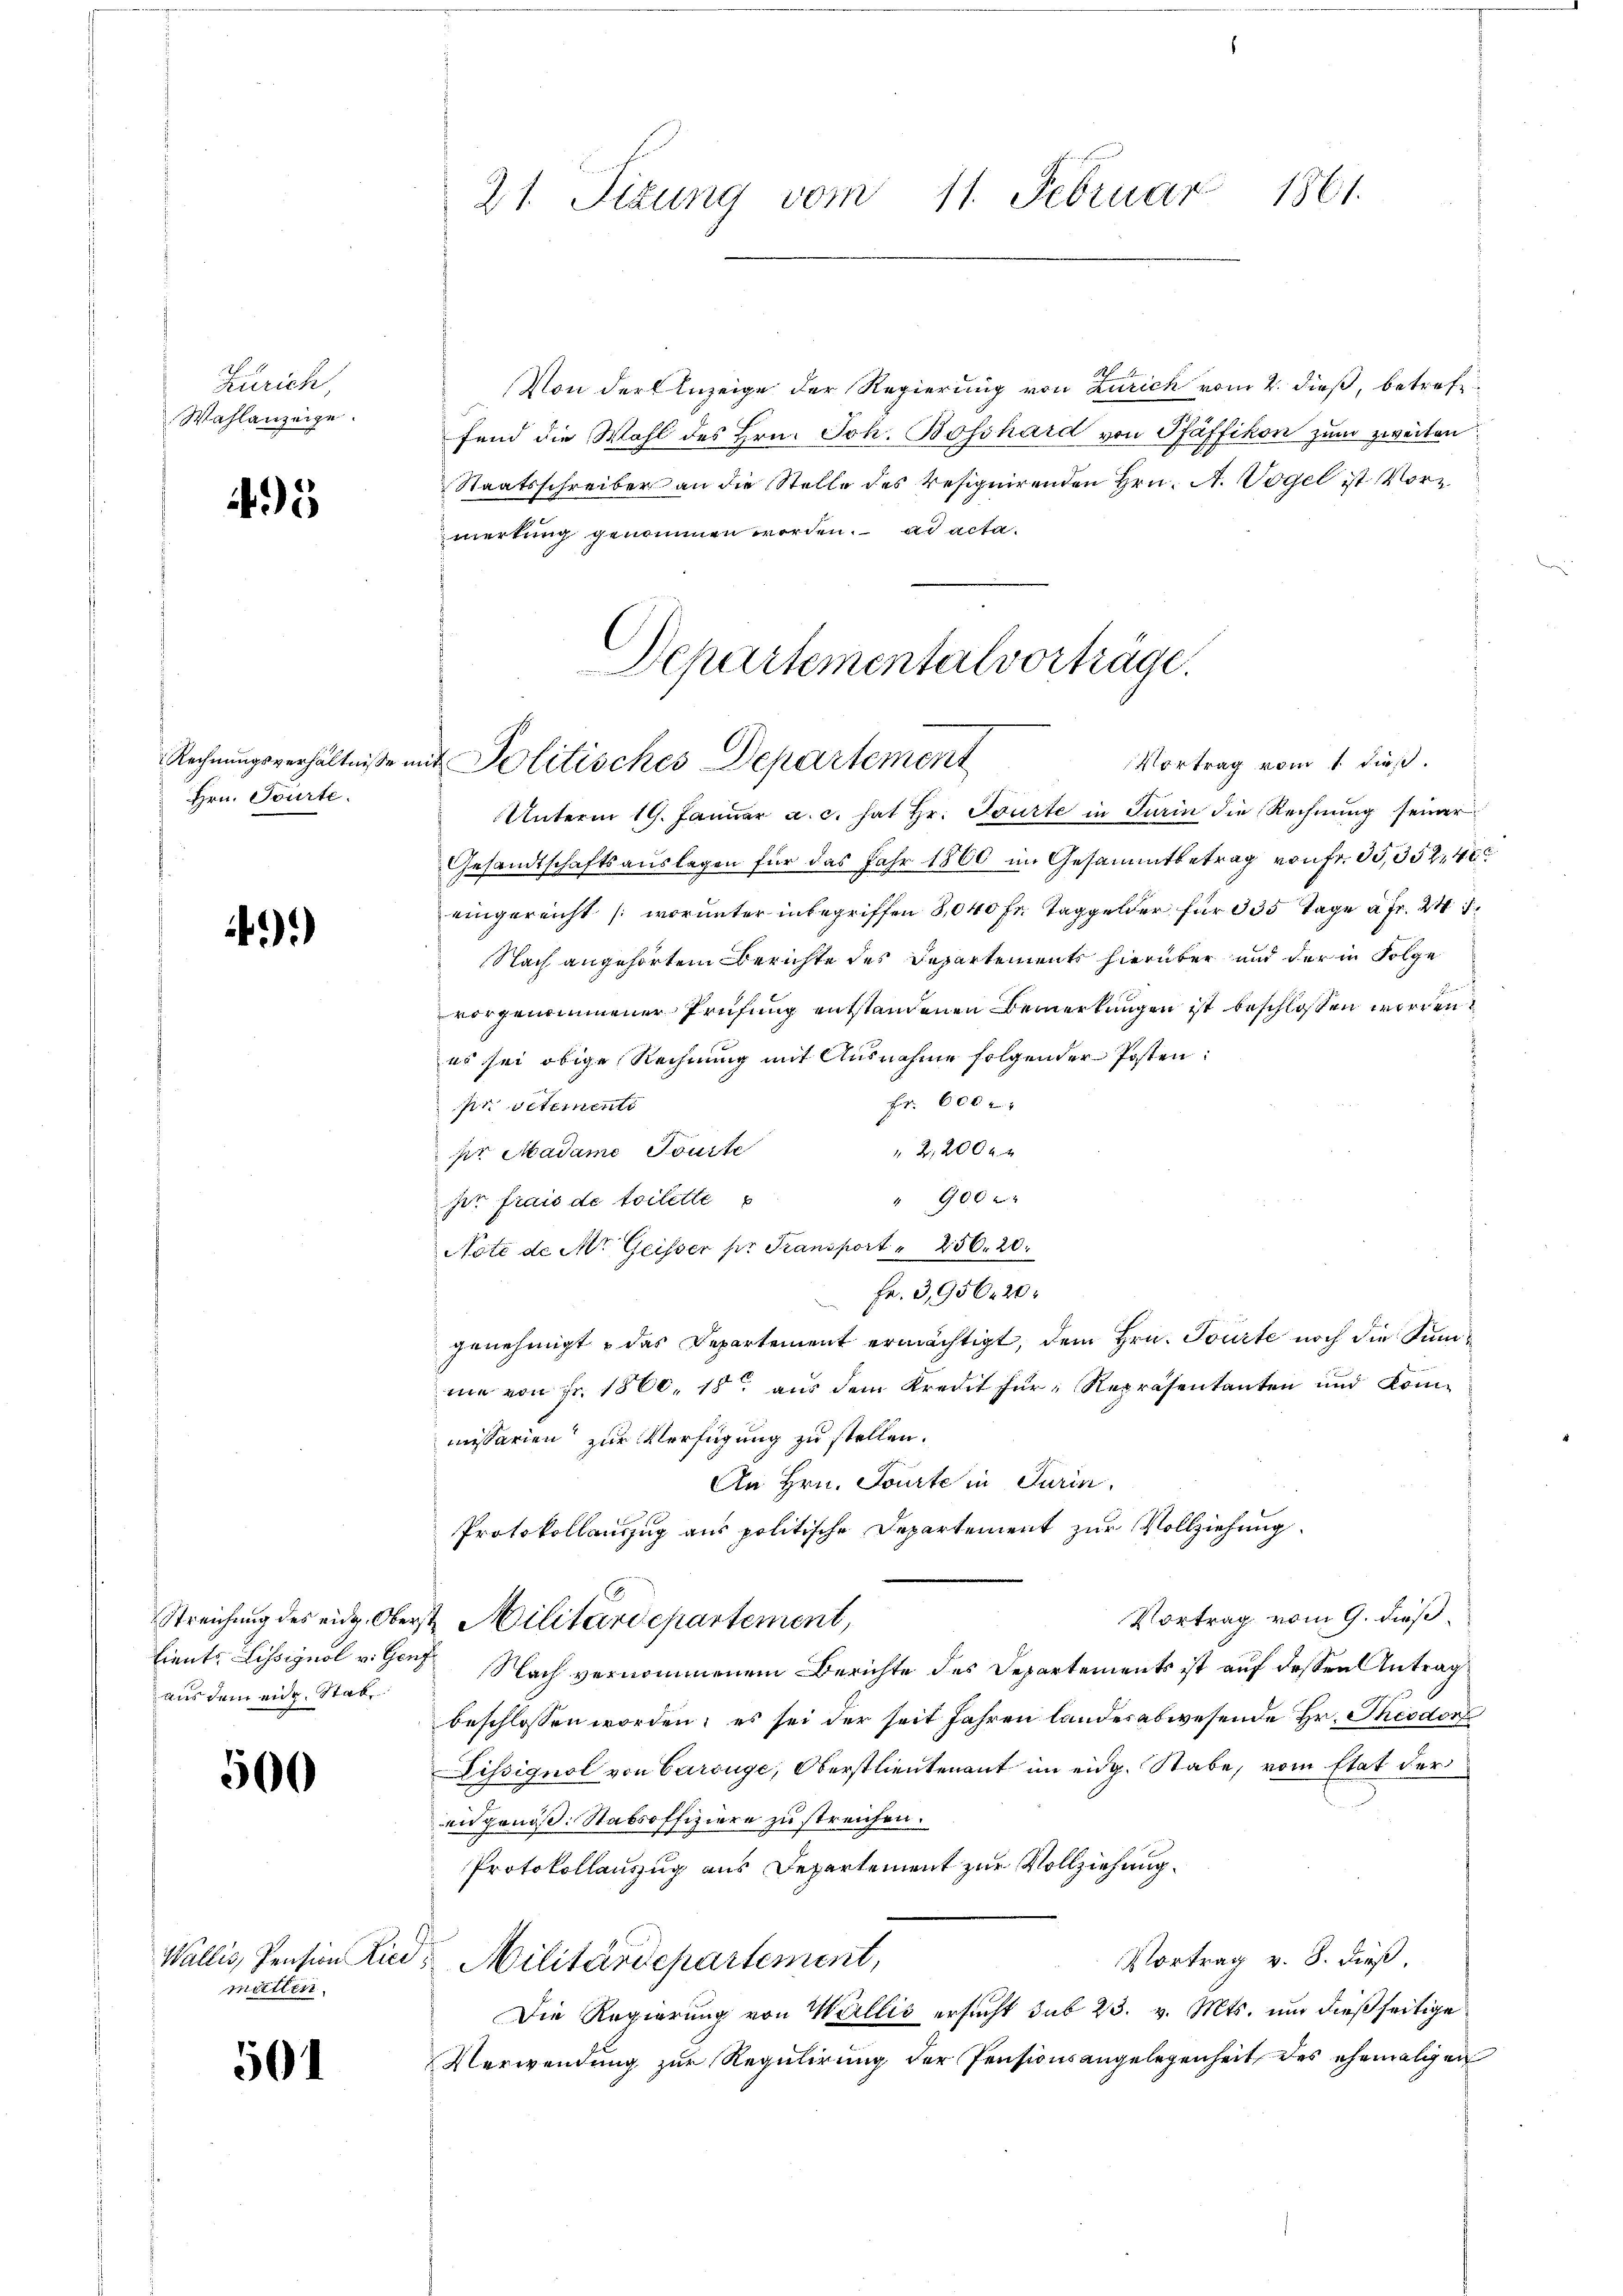
Zürich,
Wahlanzeige.

45

Hrn. Tourte

)

aus dem eidg. Stab

500

Wallis, Pension Ried
matten.

501

21. Sizung vom 11. Februar 1861.

Von der Anzeige der Regierung von Zürich vom 2. dieß, betreffend die Wahl des Hrn. Joh. Bosshard von Pfäffikon zum zweiten
Staatsschreiber an die Stelle des resignirenden Hrn. A. Vogel ist Vormerkung genommen worden. ad acta¬
Vortrag vom 1. dieß.
Unterm 19. Januar a. c. hat Hr. Tourte in Turin die Rechnung seiner
Gesandtschaftsauslagen für das Jahr 1860 im Gesammtbetrag von Fr. 35, 352,40
eingereicht (worunter inbegriffen 8,040 Fr. Taggelder für 335 Tage à Fr. 247
Nach angehörtem Berichte des Departements hierüber und der in Folge
vorgenommener Prüfung entstandenen Bemerkungen ist beschlossen worden,
es sei obige Rechnung mit Ausnahme folgender Posten:
Fr. 600 r
pr vetements
2,2000
pr Madame Touste
" 900
ser frais de toilette
Note de Mr. Geisser pr. Transport " 256. 20.
Fr. 3,956. 20.
genehmigt u das Departement ermächtigt, dem Hrn. Tourte noch die Summe von Fr. 1860, 18 aŭs dem Kredit für Repräsentanten und Kom-
missarien zur Verfügung zu stellen.
An Hrn. Tourte in Turin,
Protokollauszug aus politische Departement zur Vollziehung.
Vortrag vom 9. dieß
Streichung des eidg. Oberst Militärdepartement,
tients Lissignal v. Genf Nach vernommenem Berichte des Departements ist auf dessen Antrag
beschlossen worden; es sei der seit Jahren landesabwesende Hr. Theodorf
Lissignol von Carrüge, Oberstlieutenant im eidg. Stabe, vom Etat der
eidgenöß: Stabsoffiziere zu streichen.
Protokollauszug aus Departement zur Vollziehung.
Vortrag v. 8. dieß.
Militärdepartement,
Die Regierung von Wallis ersucht sub 23. v. Mts. um dießseitige
Verwendung zur Regulirung der Pensionsangelegenheit des ehemaligen

Departementalvorträge.
Rechnungsverhältniße mit Politisches Departement